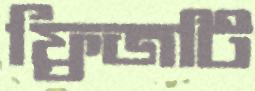
ফ্রিজটি